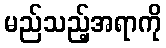
မည်သည့်အရာကို